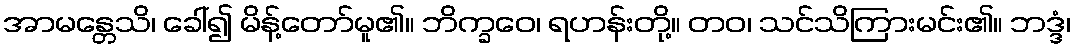
အာမန္တေသိ၊ ခေါ်၍ မိန့်တော်မူ၏။ ဘိက္ခဝေ၊ ရဟန်းတို့။ တဝ၊ သင်သိကြားမင်း၏။ ဘဒ္ဒံ၊